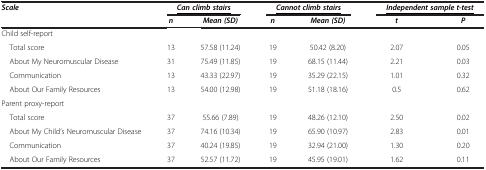
<table><thead><tr><td><b><i>Scale</i></b></td><td colspan="2"><b><i><underline>Can climb stairs</underline></i></b></td><td colspan="2"><b><i><underline>Cannot climb stairs</underline></i></b></td><td colspan="2"><b><i><underline>Independent sample t-test</underline></i></b></td></tr><tr><td><b> </b></td><td><b><i>n</i></b></td><td><b><i>Mean (SD)</i></b></td><td><b><i>n</i></b></td><td><b><i>Mean (SD)</i></b></td><td><b><i>t</i></b></td><td><b><i>P</i></b></td></tr></thead><tbody><tr><td>Child self-report</td><td> </td><td> </td><td> </td><td> </td><td> </td><td> </td></tr><tr><td> Total score</td><td>13</td><td>57.58 (11.24)</td><td>19</td><td>50.42 (8.20)</td><td>2.07</td><td>0.05</td></tr><tr><td> About My Neuromuscular Disease</td><td>31</td><td>75.49 (11.85)</td><td>19</td><td>68.15 (11.44)</td><td>2.21</td><td>0.03</td></tr><tr><td> Communication</td><td>13</td><td>43.33 (22.97)</td><td>19</td><td>35.29 (22.15)</td><td>1.01</td><td>0.32</td></tr><tr><td> About Our Family Resources</td><td>13</td><td>54.00 (12.98)</td><td>19</td><td>51.18 (18.16)</td><td>0.5</td><td>0.62</td></tr><tr><td>Parent proxy-report</td><td> </td><td> </td><td> </td><td> </td><td> </td><td> </td></tr><tr><td> Total score</td><td>37</td><td>55.66 (7.89)</td><td>19</td><td>48.26 (12.10)</td><td>2.50</td><td>0.02</td></tr><tr><td> About My Child’s Neuromuscular Disease</td><td>37</td><td>74.16 (10.34)</td><td>19</td><td>65.90 (10.97)</td><td>2.83</td><td>0.01</td></tr><tr><td> Communication</td><td>37</td><td>40.24 (19.85)</td><td>19</td><td>32.94 (21.00)</td><td>1.30</td><td>0.20</td></tr><tr><td> About Our Family Resources</td><td>37</td><td>52.57 (11.72)</td><td>19</td><td>45.95 (19.01)</td><td>1.62</td><td>0.11</td></tr></tbody></table>